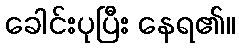
ခေါင်းပုပြီး နေရ၏။